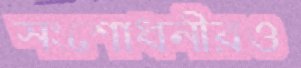
সংশোধনীরও